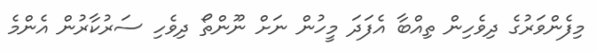
މިފެންވަރުގެ ދިވެހިން ތިއްބާ އެފަދަ މީހުން ނަށް ނޫންތޯ ދިވެހި ސަރުކާރުން އެންމެ